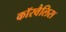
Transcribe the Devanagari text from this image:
कॉरवैलिस